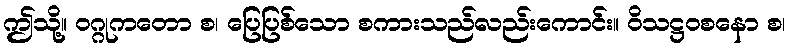
ဤသို့။ ဝဂ္ဂုကတော စ၊ ပြေပြစ်သော စကားသည်လည်းကောင်း။ ဝိသဋ္ဌဝစနော စ၊